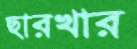
ছারখার